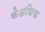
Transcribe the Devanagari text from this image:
केअधिक